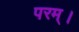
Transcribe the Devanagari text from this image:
परम्‌।